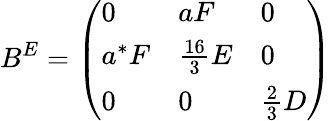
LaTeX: B^{E}=\left(\begin{array}{lll}{{0}}&{{aF}}&{{0}}\\ {{a^{*}F}}&{{{\frac{16}{3}}E}}&{{0}}\\ {{0}}&{{0}}&{{{\frac{2}{3}}D}}\end{array}\right)